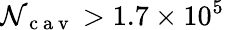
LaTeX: \mathcal{N}_{\mathrm{{~c~a~v~}}}>1.7\times10^{5}